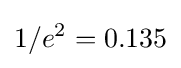
1/e^{2}=0.135